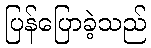
ပြန်ပြောခဲ့သည်